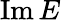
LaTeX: \operatorname{Im}E